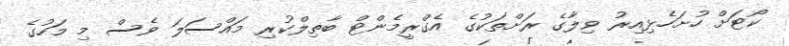
ކޯޓަށް ހުށަހެޅިއިރު ވިލާގެ ރަށްތަކުގެ އެގްރީމެންޓް ބާތިލްކުރި މައްސަލަ ވެސް މި މަހުގެ